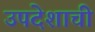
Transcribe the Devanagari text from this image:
उपदेशाची